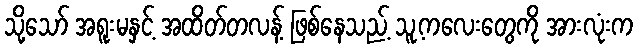
သို့သော် အရူးမနှင့် အထိတ်တလန့် ဖြစ်နေသည့် သူ့ကလေးတွေကို အားလုံးက